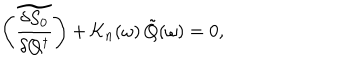
\left( \widetilde { \frac { \delta S _ { 0 } } { \delta Q ^ { \dagger } } } \right) + { \cal K } _ { n } ( \omega ) \, \tilde { Q } ( \omega ) = 0 ,